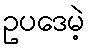
ဥပဒေမဲ့